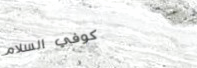
كوفي السلام